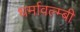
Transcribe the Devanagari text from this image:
धर्मावल्म्बी